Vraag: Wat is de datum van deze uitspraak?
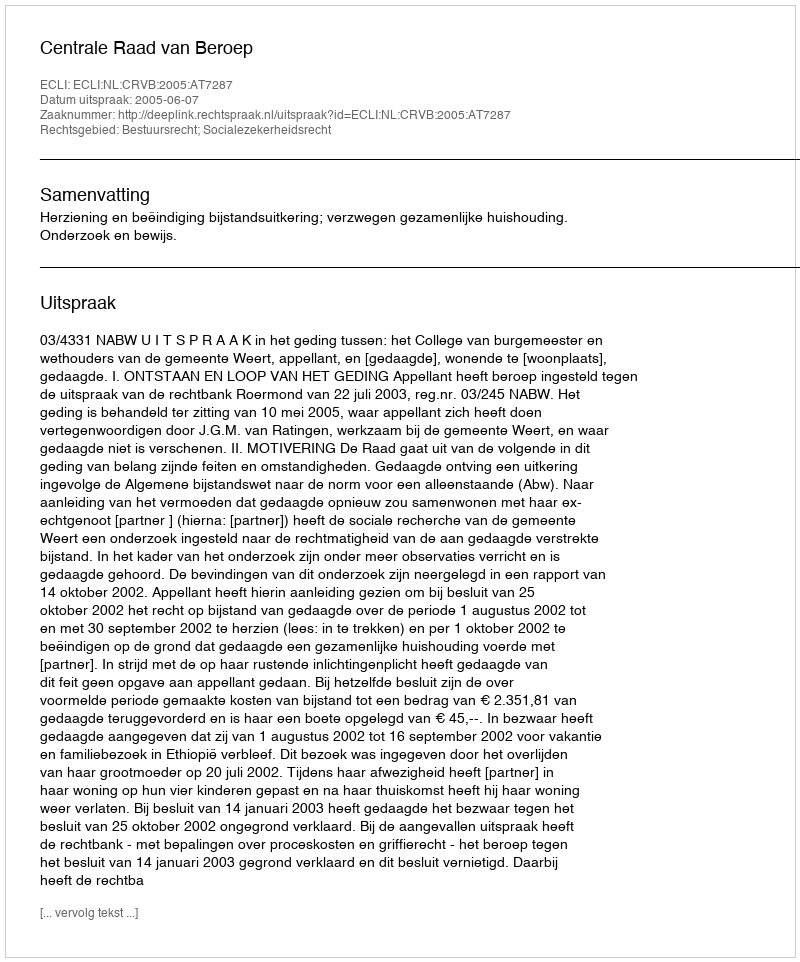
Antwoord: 2005-06-07